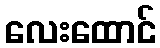
လေးထောင်